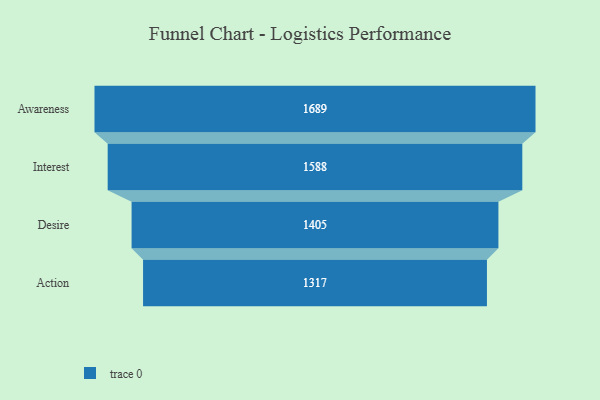
{"axis": {"x": "Stage", "y": "Value"}, "legend": [""], "data": [{"x": "Awareness", "y": 1689.0, "type": ""}, {"x": "Interest", "y": 1588.0, "type": ""}, {"x": "Desire", "y": 1405.0, "type": ""}, {"x": "Action", "y": 1317.0, "type": ""}]}